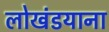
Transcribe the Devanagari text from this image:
लोखंडयाना